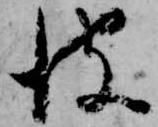
彼